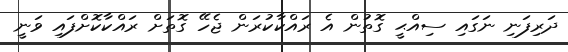
ދަރިފަނި ނަގައި ސިއްޙީ ގޮތުން އެ ރައްކާކުރަން ޖެހޭ ގޮތަށް ރައްކާކޮށްފައި ވަނީ